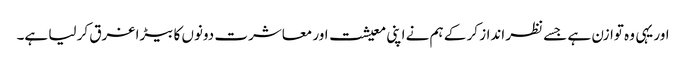
اور یہی وہ توازن ہے جسے نظر انداز کر کے ہم نے اپنی معیشت اور معاشرت دونوں کا بیڑا غرق کر لیا ہے۔